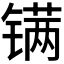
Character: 𬭮